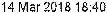
14 MAR 2018 18:40